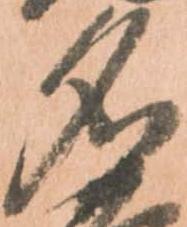
名